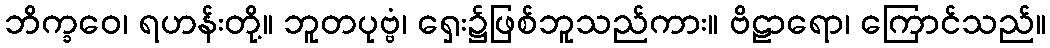
ဘိက္ခဝေ၊ ရဟန်းတို့။ ဘူတပုဗ္ဗံ၊ ရှေး၌ဖြစ်ဘူသည်ကား။ ဗိဠာရော၊ ကြောင်သည်။